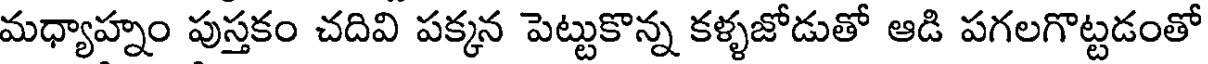
మధ్యాహ్నం పుస్తకం చదివి పక్కన పెట్టుకొన్న కళ్ళజోడుతో ఆడి పగలగొట్టడంతో